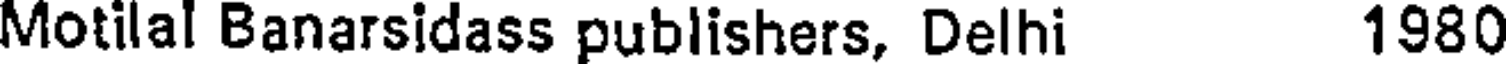
Motilal Banarsidass publishers, Delhi 1980